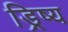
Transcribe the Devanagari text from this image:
ड्रिष्य